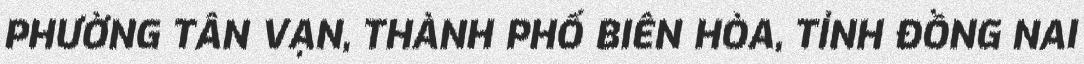
PHƯỜNG TÂN VẠN, THÀNH PHỐ BIÊN HÒA, TỈNH ĐỒNG NAI